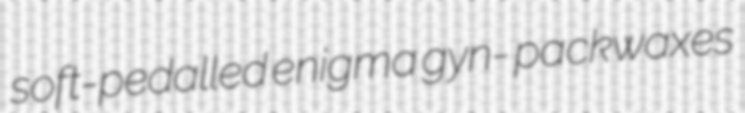
soft-pedalled enigma gyn- packwaxes